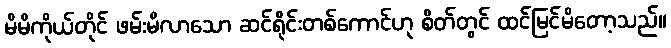
မိမိကိုယ်တိုင် ဖမ်းမိလာသော ဆင်ရိုင်းတစ်ကောင်ဟု စိတ်တွင် ထင်မြင်မိတော့သည်။